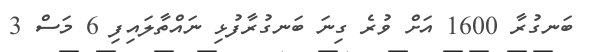
ބަނގުރާ 1600 އަށް ވުރެ ގިނަ ބަނގުރާފުޅި ނައްތާލައިފި 6 މަސް 3